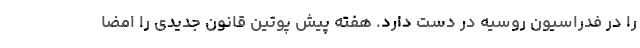
را در فدراسیون روسیه در دست دارد. هفته پیش پوتین قانون جدیدی را امضا